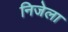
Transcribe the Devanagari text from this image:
निजेला